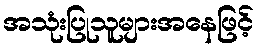
အသုံးပြုသူများအနေဖြင့်